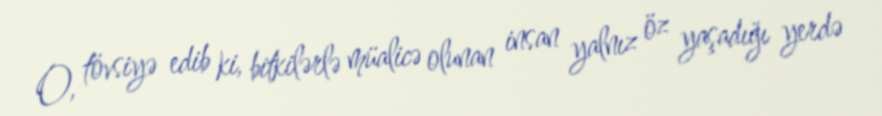
O, tövsiyə edib ki, bitkilərlə müalicə olunan insan yalnız öz yaşadığı yerdə